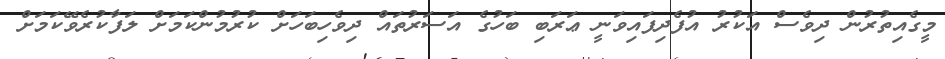
މީގެއިތުރުން ދިވެސް އަކުރު އުފެދިފައިވަނީ ޢަރަބި ބަހުގެ އަސަރުތައް ދިވެހިބަހަށް ކުރުމުންކަމަށް ލަފާކުރެވޭކަމަށް